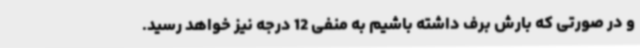
و در صورتی که بارش برف داشته باشیم به منفی 12 درجه نیز خواهد رسید.